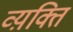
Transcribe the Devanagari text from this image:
व्य़क्ति